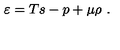
\varepsilon = T s - p + \mu \rho \ .